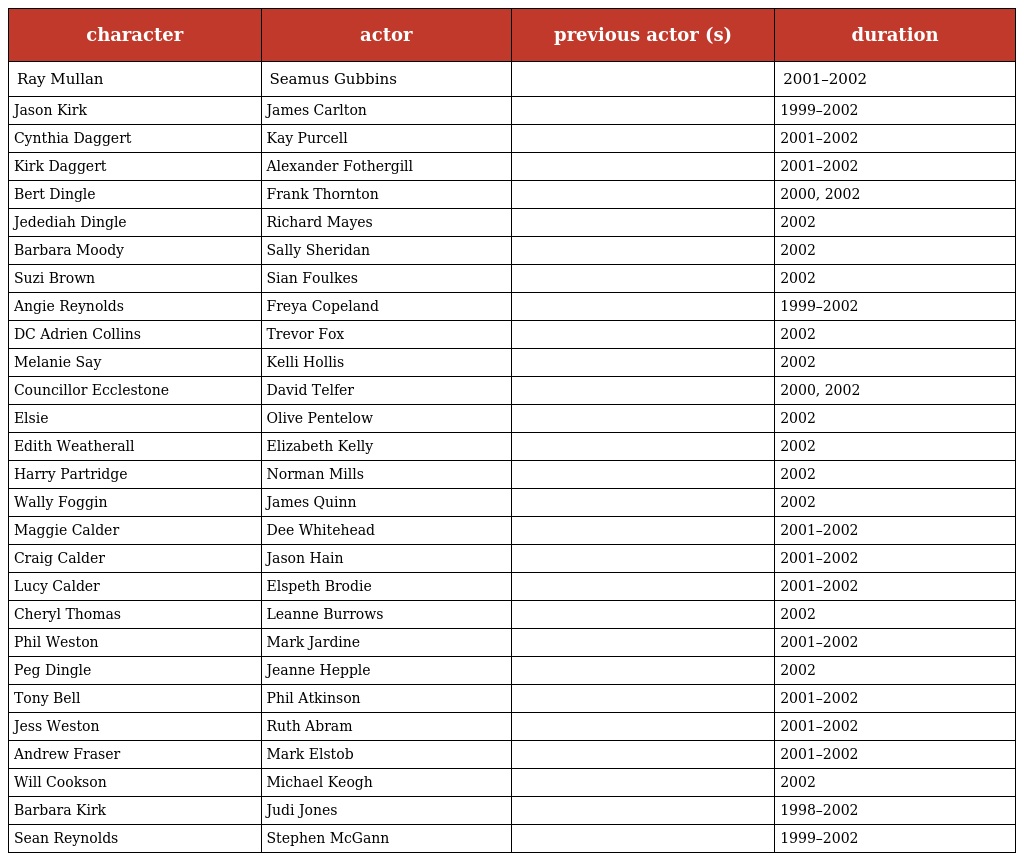
| character | actor | previous actor (s) | duration |
 | --- | --- | --- | --- |
 | Ray Mullan | Seamus Gubbins |  | 2001–2002 |
 | Jason Kirk | James Carlton |  | 1999–2002 |
 | Cynthia Daggert | Kay Purcell |  | 2001–2002 |
 | Kirk Daggert | Alexander Fothergill |  | 2001–2002 |
 | Bert Dingle | Frank Thornton |  | 2000, 2002 |
 | Jedediah Dingle | Richard Mayes |  | 2002 |
 | Barbara Moody | Sally Sheridan |  | 2002 |
 | Suzi Brown | Sian Foulkes |  | 2002 |
 | Angie Reynolds | Freya Copeland |  | 1999–2002 |
 | DC Adrien Collins | Trevor Fox |  | 2002 |
 | Melanie Say | Kelli Hollis |  | 2002 |
 | Councillor Ecclestone | David Telfer |  | 2000, 2002 |
 | Elsie | Olive Pentelow |  | 2002 |
 | Edith Weatherall | Elizabeth Kelly |  | 2002 |
 | Harry Partridge | Norman Mills |  | 2002 |
 | Wally Foggin | James Quinn |  | 2002 |
 | Maggie Calder | Dee Whitehead |  | 2001–2002 |
 | Craig Calder | Jason Hain |  | 2001–2002 |
 | Lucy Calder | Elspeth Brodie |  | 2001–2002 |
 | Cheryl Thomas | Leanne Burrows |  | 2002 |
 | Phil Weston | Mark Jardine |  | 2001–2002 |
 | Peg Dingle | Jeanne Hepple |  | 2002 |
 | Tony Bell | Phil Atkinson |  | 2001–2002 |
 | Jess Weston | Ruth Abram |  | 2001–2002 |
 | Andrew Fraser | Mark Elstob |  | 2001–2002 |
 | Will Cookson | Michael Keogh |  | 2002 |
 | Barbara Kirk | Judi Jones |  | 1998–2002 |
 | Sean Reynolds | Stephen McGann |  | 1999–2002 |